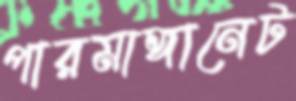
পারমাঙ্গানেট